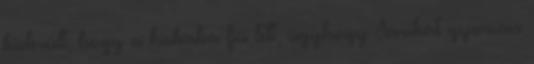
kiderült, hogy a kisbaba fiú lett, úgyhogy Sárikát gyorsan